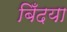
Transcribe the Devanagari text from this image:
बिँदया